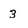
Character: 3